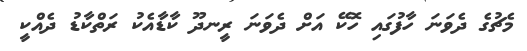
މެޗުގެ ދެވަނަ ހާފުގައި ހޮކޭ އަށް ދެވަަނަ ރީނދޫ ކާޑާއެކު ރަތްކާޑު ދެއްކީ